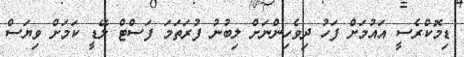
ޑިމޮކްރެސީ އައުމަށް ފަހު ދިވެހިންނަށް ލިބުނު ފުރަތަމަ ފަސްޓް ލޭޑީ ކަމަށް ވިޔަސް